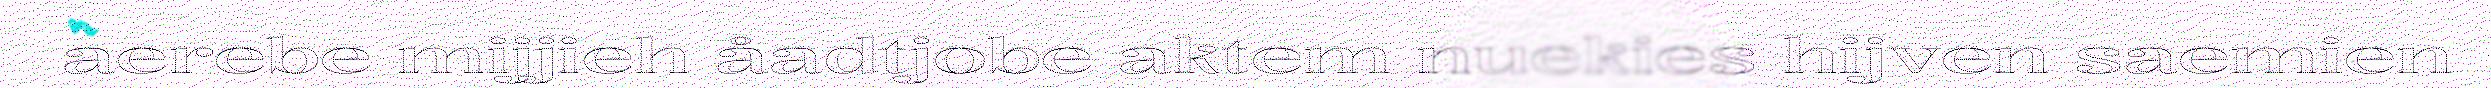
aerebe mijjieh åadtjobe aktem nuekies hijven saemien